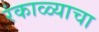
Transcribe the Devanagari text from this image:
रंकाळ्याचा